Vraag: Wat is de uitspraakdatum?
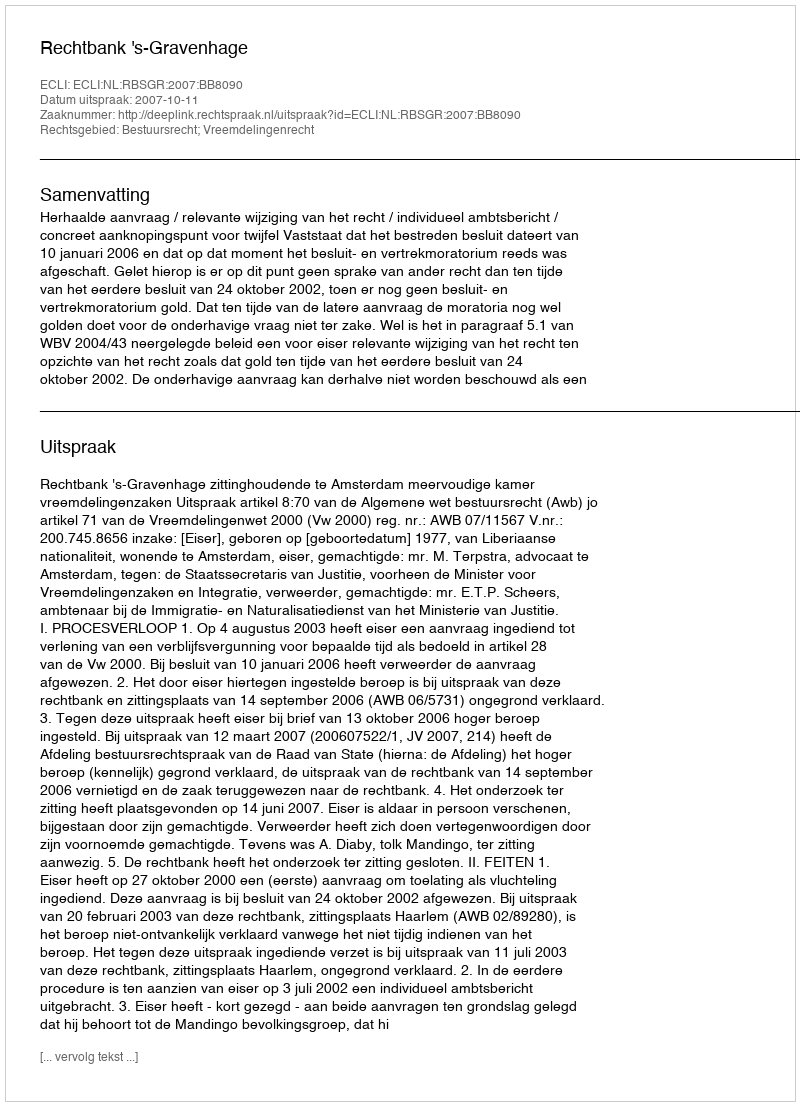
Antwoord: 2007-10-11